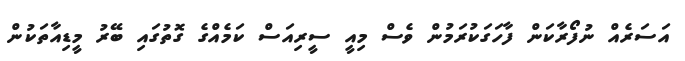
އަސަރެއް ނުފޯރާކަން ފާހަގަކުރަމުން ވެސް މިއީ ސީރިއަސް ކަމެއްގެ ގޮތުގައި ބޭރު މީޑިއާތަކުން